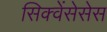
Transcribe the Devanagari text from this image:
सिक्वेंसेसेस